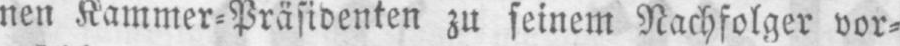
nen Kammer⸗Präsidenten zu seinem Nachfolger vor⸗